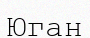
Юган